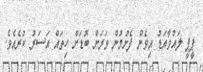
ޕީޕީ ލައްވާއަޑު އިވެން ފެށުމުން ވަރަށް ބޮޑަށް ހިތައް އަސަރު ކުރެއެވެ.